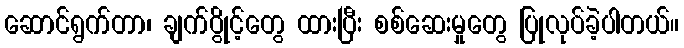
ဆောင်ရွက်တာ၊ ချက်ပွိုင့်တွေ ထားပြီး စစ်ဆေးမှုတွေ ပြုလုပ်ခဲ့ပါတယ်။